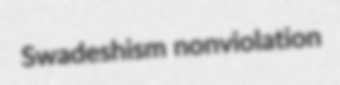
Swadeshism nonviolation